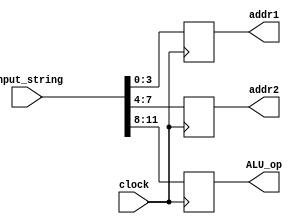
module Decoder(
	input [11:0]input_string,
	input clock,
	output reg [3:0]addr1, addr2, ALU_op);
	
always @(posedge clock)
begin
	addr1 = input_string[3:0];
	addr2 = input_string[7:4];
	ALU_op = input_string[11:8];
end
endmodule